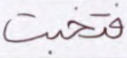
فتخبت